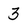
Character: 3